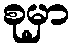
စုမှာ